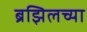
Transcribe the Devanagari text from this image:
ब्रझिलच्या